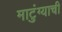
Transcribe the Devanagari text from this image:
माटुंग्याची